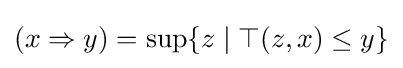
(x\Rightarrow y)=\sup\{z\mid \top (z,x)\leq y\}